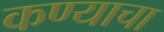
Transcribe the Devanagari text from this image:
कण्याचा